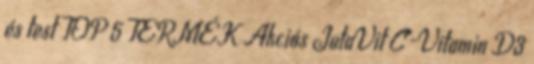
és test TOP 5 TERMÉK Akciós JutaVit C-Vitamin D3